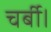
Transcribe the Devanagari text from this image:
चर्बी।